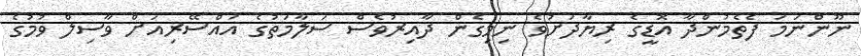
ނޫންނަމަ ފެތެމުންދާ އޮޑީގެ ރިޔާދަށުވެ ނިމިގެން ދާއިރުވެސް ސަލާމަތުގެ އައްސޭރިއަށް ވާސިލް ވުމުގެ